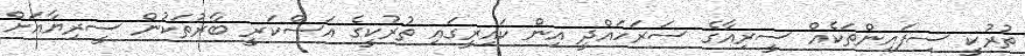
ތުރުކީ ސިފައިންތަކެއް ސީރިއާގެ ސަރަހައްދީ އިން ކައިރީގައި ތުރުކީގެ އަސްކަރީ ބާރުތަކުން ސީރިޔާއަށް